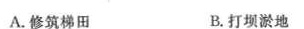
A.修筑梯田 B.打坝淤地